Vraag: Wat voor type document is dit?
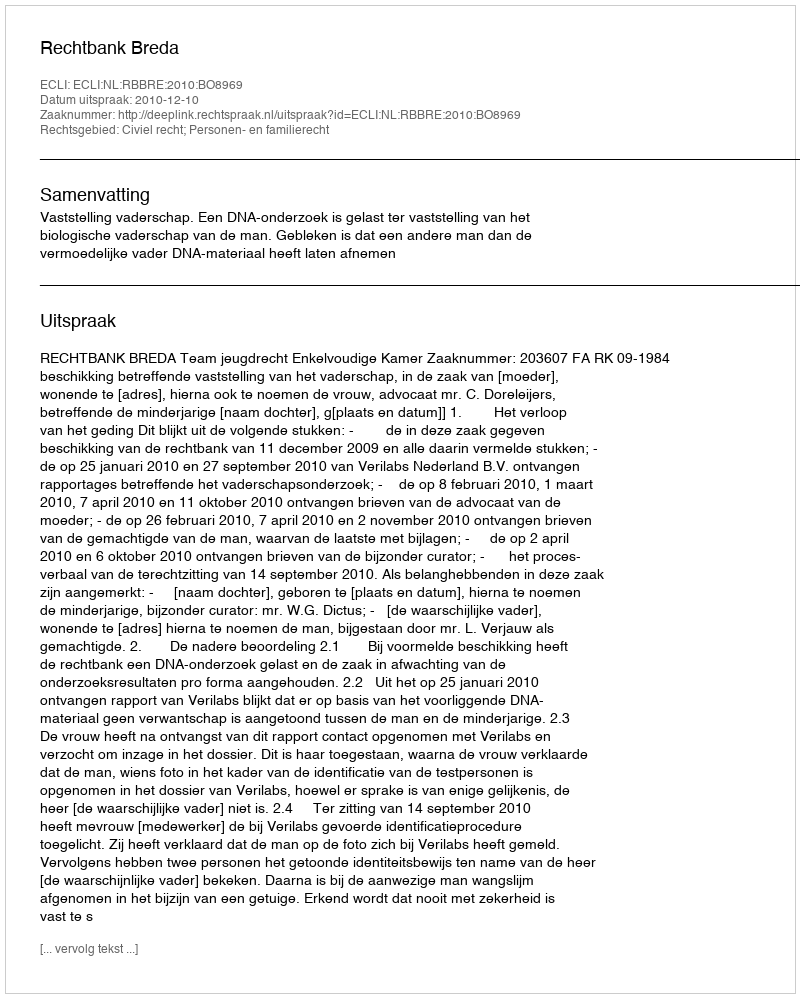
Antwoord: Uitspraak